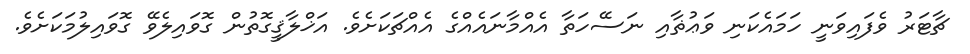
ޗާޓަރު ވެފައިވަނީ ހަމައެކަނި ވަޢުޡާއި ނަސޭހަތާ އެއްމާނައެއްގެ އެއްޗަކަށެވެ. އަޚްލާޤީގޮތުން ގޮވައިލެވޭ ގޮވައިލުމަކަށެވެ.